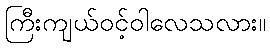
ကြီးကျယ်ဝင့်ဝါလေသလား။